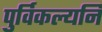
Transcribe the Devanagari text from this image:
पुर्विकल्यनि